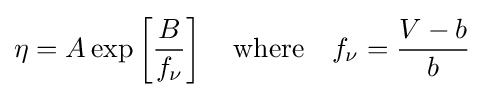
\eta =A\exp \left[{\frac {B}{f_{\nu }}}\right]\quad {\text{where}}\quad f_{\nu }={\frac {V-b}{b}}